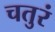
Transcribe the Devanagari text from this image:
चतुरं